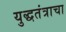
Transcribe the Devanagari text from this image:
युद्धतंत्राचा